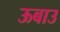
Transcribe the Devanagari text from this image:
ऊबाउ